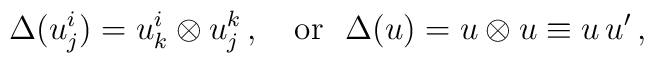
\Delta(u^i_j)=u^i_k\otimes u^k_j\,, \ \ \ {\rm or} \ \ \Delta(u)=u\otimes u\equiv u\,u'\,,